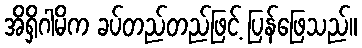
အိရှိဂါမိက ခပ်တည်တည်ဖြင့် ပြန်ဖြေသည်။